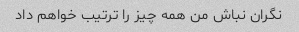
نگران نباش من همه چیز را ترتیب خواهم داد